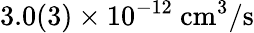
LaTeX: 3.0(3)\times 10^{-12}~\mathrm{{cm^{3}/s}}